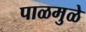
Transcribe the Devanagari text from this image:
पाळमुळे